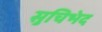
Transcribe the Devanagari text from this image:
सुचिभेद